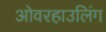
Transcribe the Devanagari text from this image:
ओवरहाउलिंग